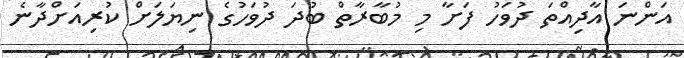
އަންނަ އާދިއްތަ ދުވަހު ފަށާ މި މުބާރާތް ބުދަ ދުވަހުގެ ނިޔަލަށް ކުރިއަށްދާނެ